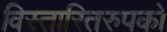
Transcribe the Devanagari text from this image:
विस्तारितरुपको